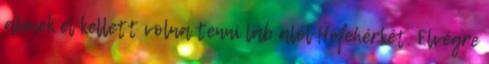
akinek el kellett volna tenni láb alól Hófehérkét. Elvégre